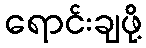
ရောင်းချဖို့